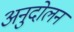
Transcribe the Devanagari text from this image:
अनुदोलन